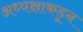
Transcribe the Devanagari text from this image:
अध्यक्षाकडून